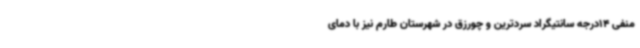
منفی 14درجه سانتیگراد سردترین و چورزق در شهرستان طارم نیز با دمای